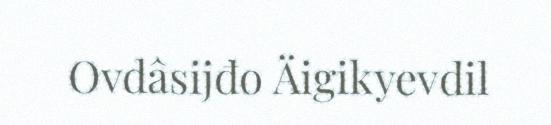
Ovdâsijđo Äigikyevdil